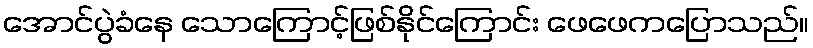
အောင်ပွဲခံနေ သောကြောင့်ဖြစ်နိုင်ကြောင်း ဖေဖေကပြောသည်။